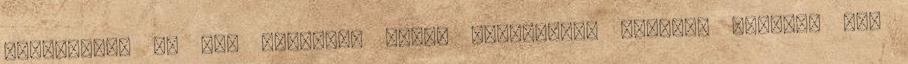
filozófus, az MTA levelező tagja Református püspök, egyházi író